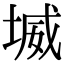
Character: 㙎